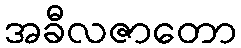
အခီလဇာတော